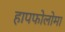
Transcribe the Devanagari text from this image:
हापफोलोमा